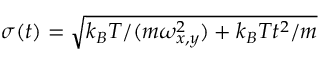
\sigma ( t ) = \sqrt { k _ { B } T / ( m \omega _ { x , y } ^ { 2 } ) + k _ { B } T t ^ { 2 } / m }